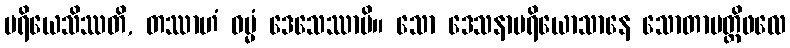
ပရိယေသိဿတိ, တဿာဟံ ဓမ္မံ ဒေသေဿာမိ။ သော ဒေသနာပရိယောသာနေ သောတာပတ္တိဖလေ